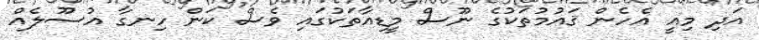
އަދި މިއީ އެހެން ޤައުމުތަކުގެ ނޫސް މީޑިއާތަކުގައި ވެސް ކަން ހިނގާ އުސޫލެއް